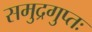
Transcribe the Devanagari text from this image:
समुद्रगुप्तः